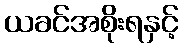
ယခင်အစိုးရနှင့်